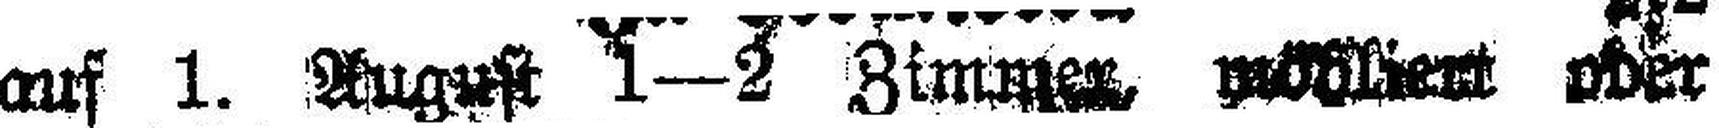
auf 1. August 1—2 Zimmer. möbliert oder